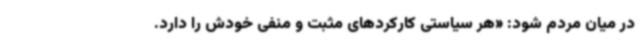
در میان مردم شود: «هر سیاستی‌ کارکردهای مثبت و منفی خودش را دارد.